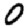
Digit: 0